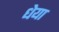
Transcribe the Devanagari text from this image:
धेया